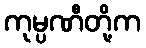
ကုမ္ပဏီတို့က